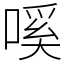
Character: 嗘